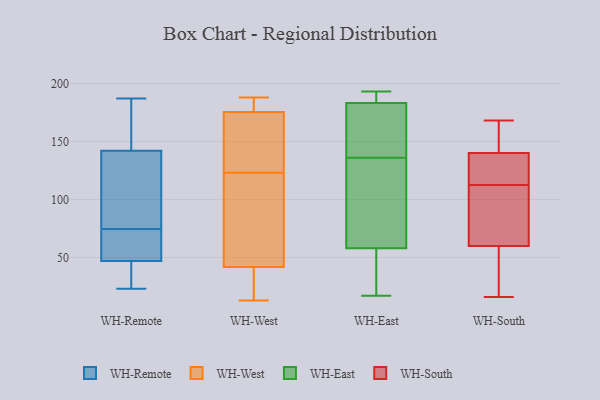
{"axis": {"x": "Production Output", "y": "Value"}, "legend": ["WH-East", "WH-Remote", "WH-South", "WH-West"], "data": [{"x": "", "y": 23, "type": "WH-Remote"}, {"x": "", "y": 140, "type": "WH-Remote"}, {"x": "", "y": 29, "type": "WH-Remote"}, {"x": "", "y": 157, "type": "WH-Remote"}, {"x": "", "y": 77, "type": "WH-Remote"}, {"x": "", "y": 70, "type": "WH-Remote"}, {"x": "", "y": 50, "type": "WH-Remote"}, {"x": "", "y": 187, "type": "WH-Remote"}, {"x": "", "y": 186, "type": "WH-Remote"}, {"x": "", "y": 106, "type": "WH-Remote"}, {"x": "", "y": 142, "type": "WH-Remote"}, {"x": "", "y": 37, "type": "WH-Remote"}, {"x": "", "y": 72, "type": "WH-Remote"}, {"x": "", "y": 47, "type": "WH-Remote"}, {"x": "", "y": 105, "type": "WH-West"}, {"x": "", "y": 17, "type": "WH-West"}, {"x": "", "y": 174, "type": "WH-West"}, {"x": "", "y": 41, "type": "WH-West"}, {"x": "", "y": 119, "type": "WH-West"}, {"x": "", "y": 179, "type": "WH-West"}, {"x": "", "y": 27, "type": "WH-West"}, {"x": "", "y": 137, "type": "WH-West"}, {"x": "", "y": 13, "type": "WH-West"}, {"x": "", "y": 44, "type": "WH-West"}, {"x": "", "y": 176, "type": "WH-West"}, {"x": "", "y": 97, "type": "WH-West"}, {"x": "", "y": 31, "type": "WH-West"}, {"x": "", "y": 163, "type": "WH-West"}, {"x": "", "y": 183, "type": "WH-West"}, {"x": "", "y": 184, "type": "WH-West"}, {"x": "", "y": 188, "type": "WH-West"}, {"x": "", "y": 149, "type": "WH-West"}, {"x": "", "y": 123, "type": "WH-West"}, {"x": "", "y": 50, "type": "WH-East"}, {"x": "", "y": 187, "type": "WH-East"}, {"x": "", "y": 61, "type": "WH-East"}, {"x": "", "y": 98, "type": "WH-East"}, {"x": "", "y": 185, "type": "WH-East"}, {"x": "", "y": 176, "type": "WH-East"}, {"x": "", "y": 193, "type": "WH-East"}, {"x": "", "y": 178, "type": "WH-East"}, {"x": "", "y": 136, "type": "WH-East"}, {"x": "", "y": 57, "type": "WH-East"}, {"x": "", "y": 17, "type": "WH-East"}, {"x": "", "y": 130, "type": "WH-South"}, {"x": "", "y": 27, "type": "WH-South"}, {"x": "", "y": 87, "type": "WH-South"}, {"x": "", "y": 168, "type": "WH-South"}, {"x": "", "y": 115, "type": "WH-South"}, {"x": "", "y": 110, "type": "WH-South"}, {"x": "", "y": 164, "type": "WH-South"}, {"x": "", "y": 16, "type": "WH-South"}, {"x": "", "y": 32, "type": "WH-South"}, {"x": "", "y": 165, "type": "WH-South"}, {"x": "", "y": 105, "type": "WH-South"}, {"x": "", "y": 140, "type": "WH-South"}, {"x": "", "y": 60, "type": "WH-South"}, {"x": "", "y": 121, "type": "WH-South"}]}